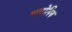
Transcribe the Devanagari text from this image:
भारोपिय